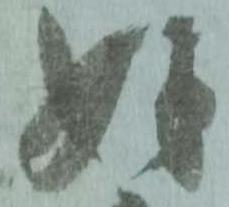
好